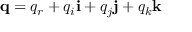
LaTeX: \mathbf { q } = q _ { r } + q _ { i } \mathbf { i } + q _ { j } \mathbf { j } + q _ { k } \mathbf { k }